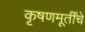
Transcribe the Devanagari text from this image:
कृषणमूर्तींचे